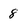
Character: 8